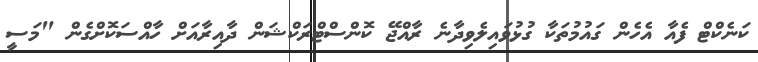
ކަނެކްޓް ފެއާ އެހެން ގައުމުތަކާ ގުޅުވައިލެވިދާނެ ރާއްޖޭ ކޮންސްޓްރަކްޝަން ދާއިރާއަށް ހާއްސަކޮށްގެން "މަސީ